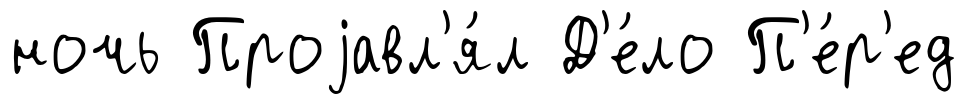
ночь Проjавл'я́л Д'е́ло П'е́р'ед